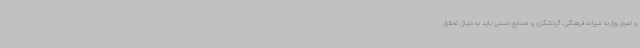
و امروز وزارت میراث فرهنگی، گردشگری و صنایع دستی باید به دنبال تحقق